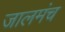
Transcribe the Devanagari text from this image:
जालमंच